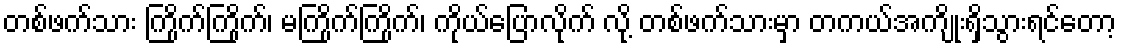
တစ်ဖက်သား ကြိုက်ကြိုက်၊ မကြိုက်ကြိုက်၊ ကိုယ်ပြောလိုက် လို့ တစ်ဖက်သားမှာ တကယ်အကျိုးရှိသွားရင်တော့